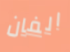
الفان